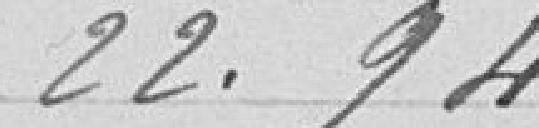
22,94